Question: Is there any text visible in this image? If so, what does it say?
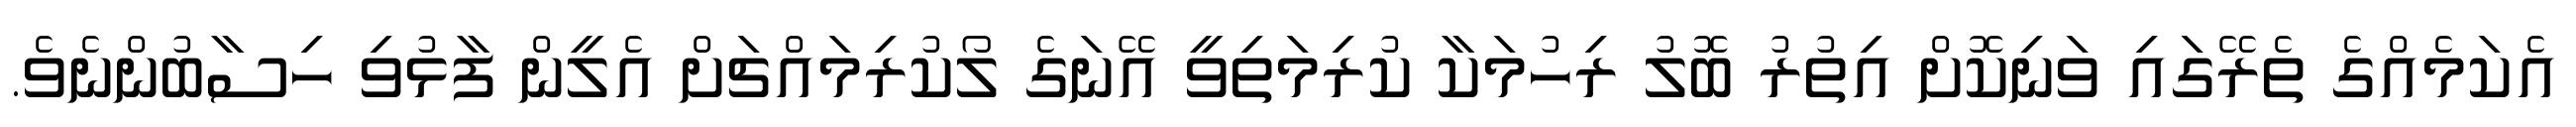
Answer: އެކަމެއްގެ ތެރޭގައި ވަނިކޮށް އިތުރު ބޮލު ރިހުމަކާ ކުރިމަތިވީ އޭނަގެ ލޯކުރިމައްޗަށް އެލީން ފާޅުވި ހިސާބުންނެވެ.